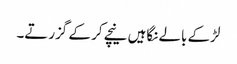
لڑکے بالے نگاہیں نیچے کر کے گزرتے۔